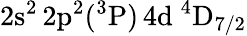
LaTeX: \mathrm{2s^{2}\, 2p^{2}(^{3}P)\, 4d~^{4}D_{7/2}}